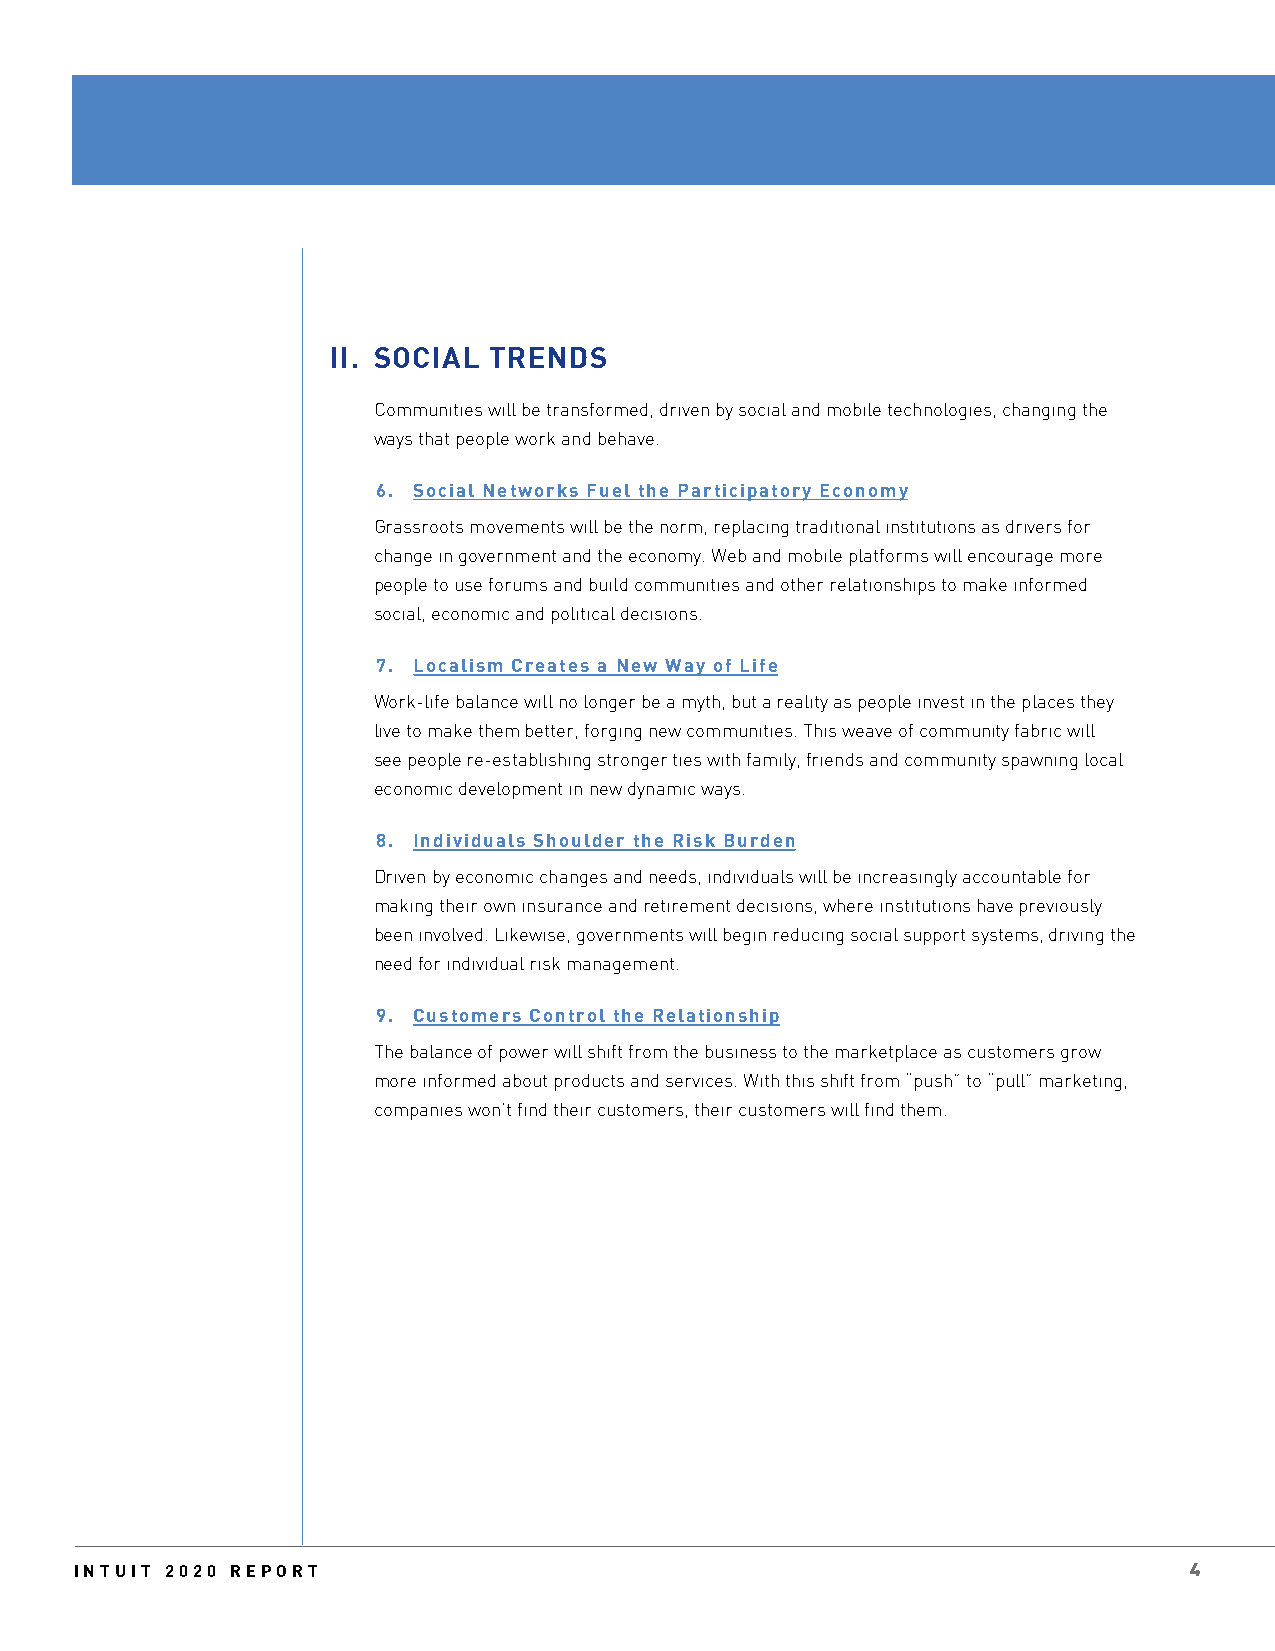
II. SOCIAL TRENDS
 Communities will be transformed, driven by social and mobile technologies, changing the
 ways that people work and behave.
 6. Social Networks Fuel the Participatory Economy
 Grassroots movements will be the norm, replacing traditional institutions as drivers for
 change in government and the economy. Web and mobile platforms will encourage more
 people to use forums and build communities and other relationships to make informed
 social, economic and political decisions.
 7. Localism Creates a New Way of Life
 Work-life balance will no longer be a myth, but a reality as people invest in the places they
 live to make them better, forging new communities. This weave of community fabric will
 see people re-establishing stronger ties with family, friends and community spawning local
 economic development in new dynamic ways.
 8. Individuals Shoulder the Risk Burden
 Driven by economic changes and needs, individuals will be increasingly accountable for
 making their own insurance and retirement decisions, where institutions have previously
 been involved. Likewise, governments will begin reducing social support systems, driving the
 need for individual risk management.
 9. Customers Control the Relationship
 The balance of power will shift from the business to the marketplace as customers grow
 more informed about products and services. With this shift from “push” to “pull” marketing,
 companies won’t find their customers, their customers will find them.
 INTUIT 2020 REPORT                                                        4